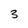
Character: 3